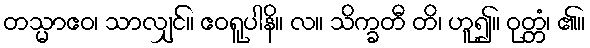
တသ္မာဧဝ၊ သာလျှင်။ ဧဝရူပါနိ။ လ။ သိက္ခတီ တိ၊ ဟူ၍။ ဝုတ္တံ၊ ၏။